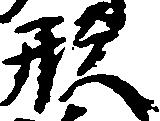
形